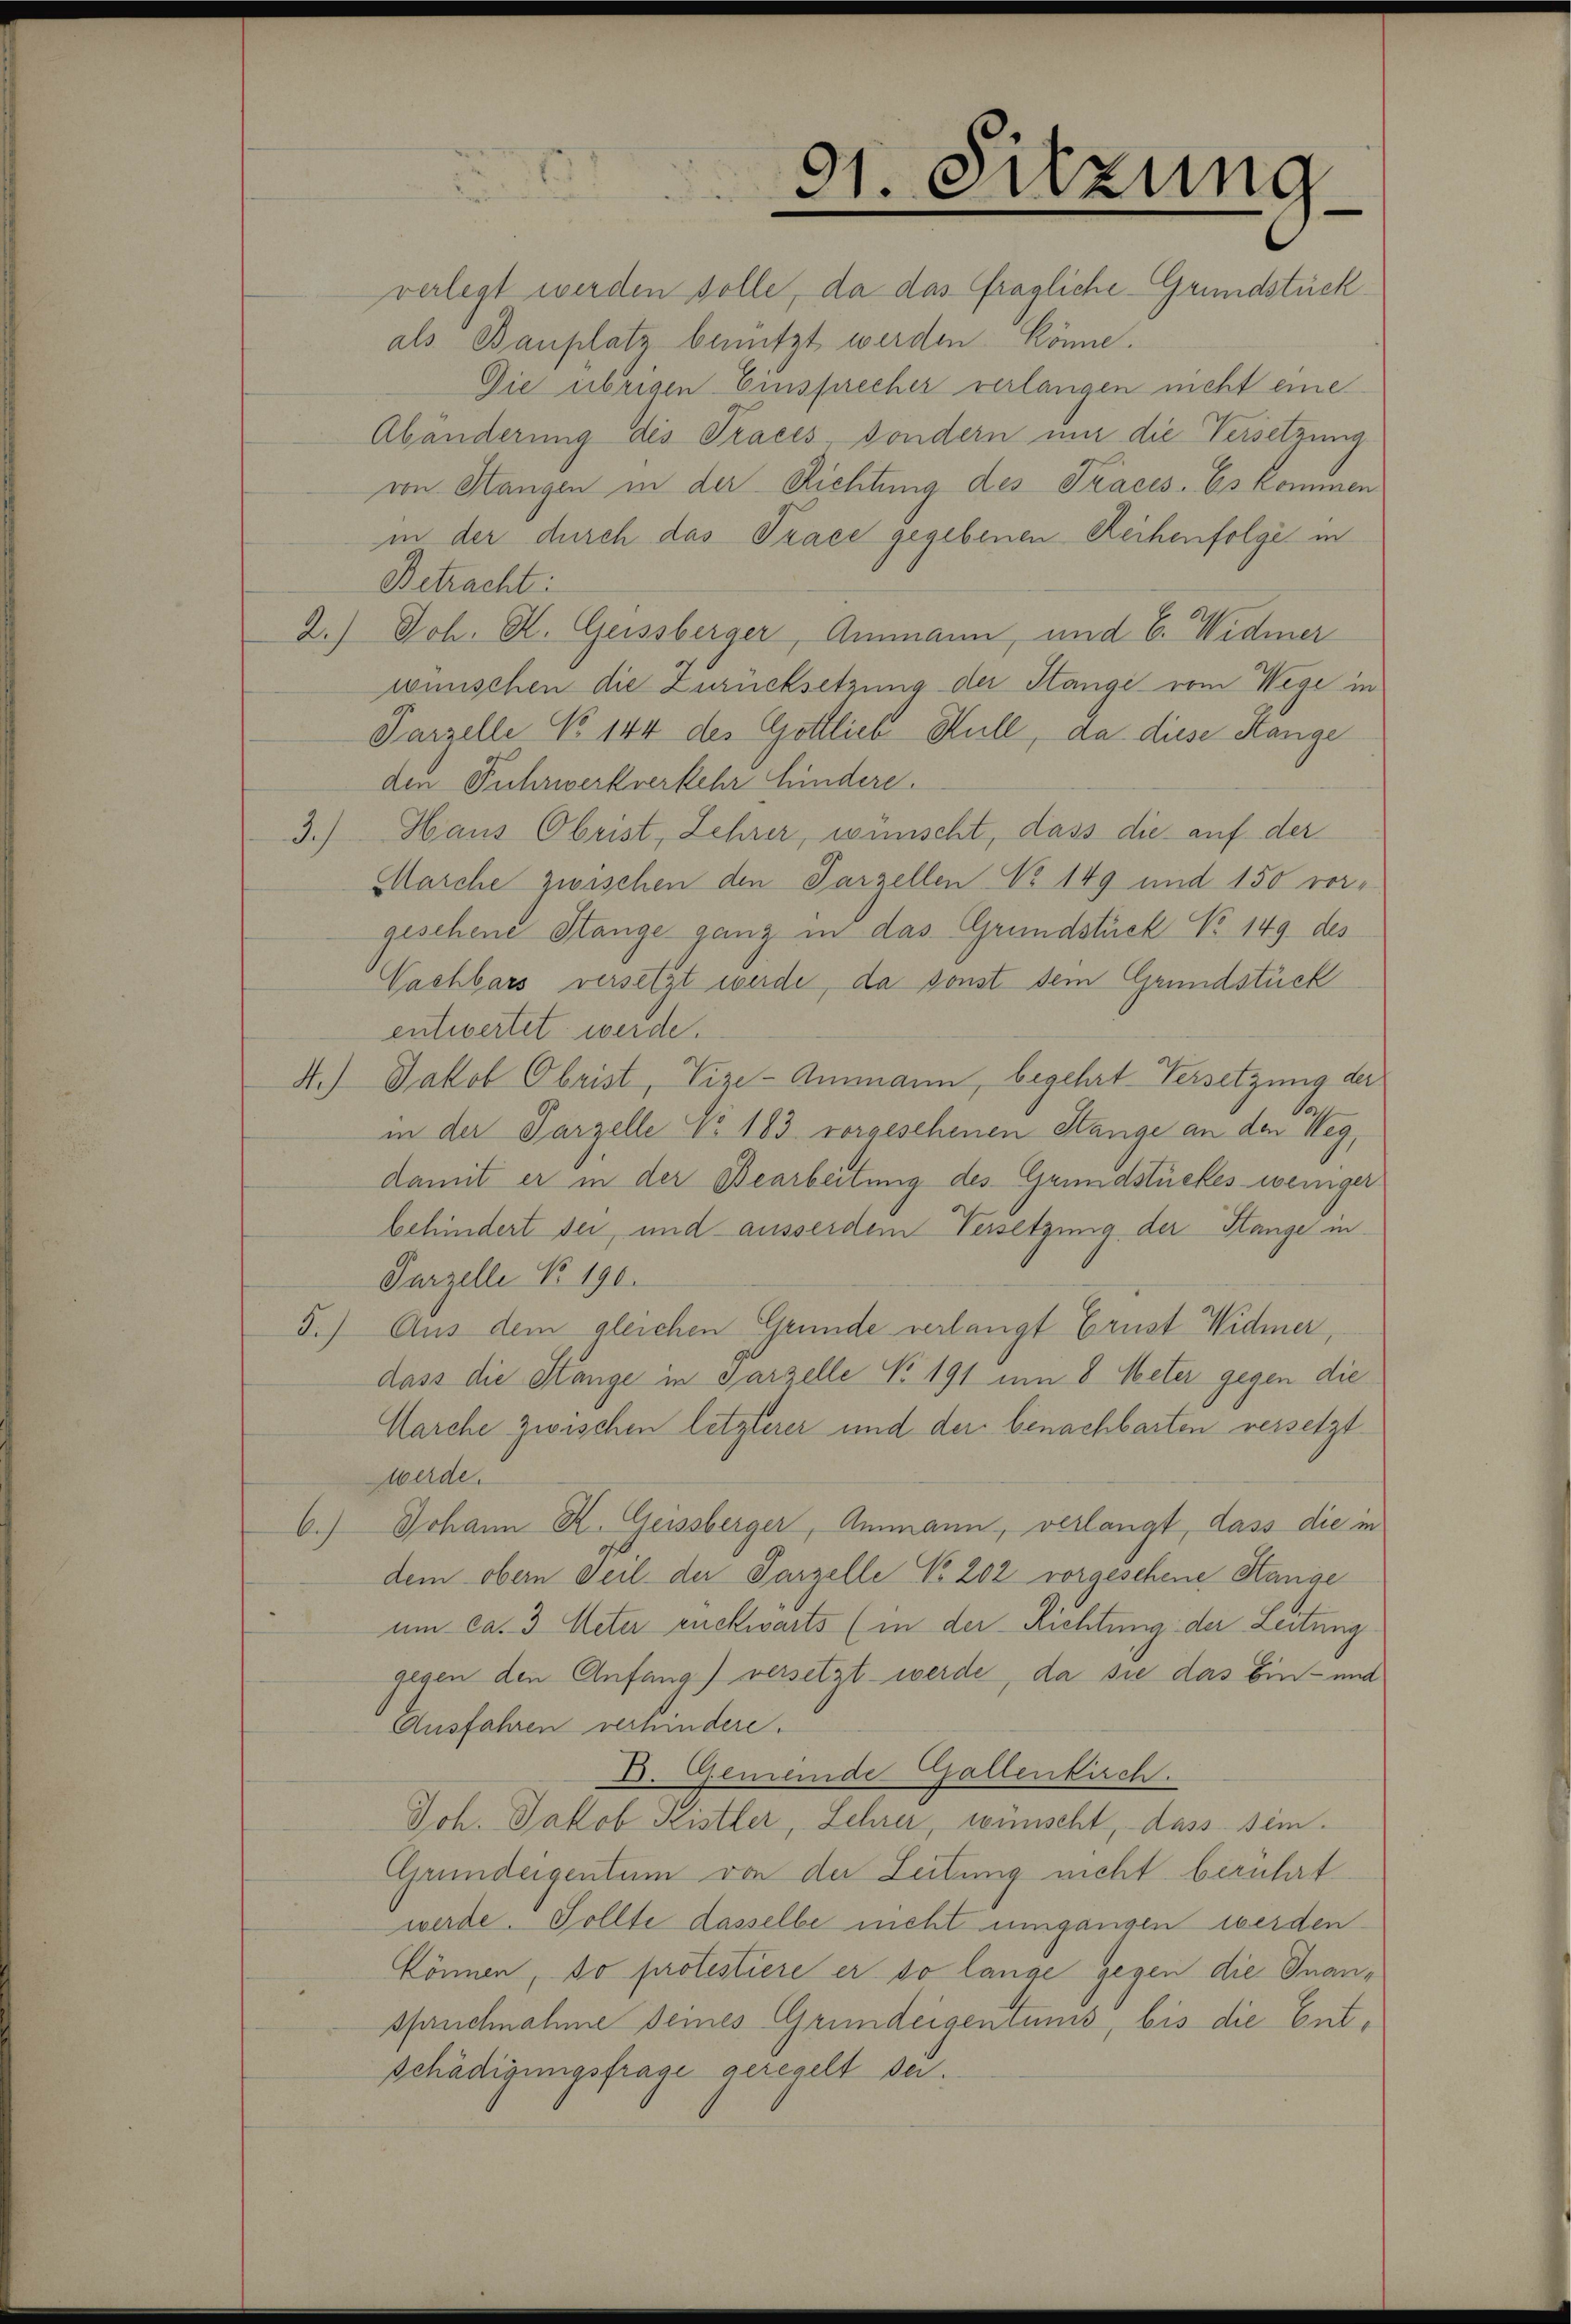
31. Sitzung

verlegt werden solle, da das fragliche Grundstrickals Bauplatz benützt werden könne.
Die übrigen Einsprecher verlangen nicht eine
Abänderung des Pracés, sondern mir die Versetzung
von Hangen in der Richtung des Traces. Es kommen
in der durch das Trace gegebenen Reihenfolge in
Betracht:
2.) Joh. K. Geissberger, Ammann, und E. Widmer
wünschen die Zurücksetzung der Stange vom Wege in
Parzelle No 144 des Gottlieb Hull, da diese Hange
den Fuhrwerkverkehr hindere.
3.) Haus Obrist, Lehrer, wünscht, dass die auf der
Marche zwischen den Parzellen No 149 und 150 vorgesehene Stange ganz in das Grundstück No 149 des
Vachbars versetzt werde, da sonst dem Grundstück
entwertet werde.
4.) Jakob Obrist, Vize-Ammann, begehrt Versetzung der
.
in der Parzelle No. 183 vorgesehenen Stange an den Weg,
damit er in der Bearbeitung des Grundstückes weniger
behindert sei, und ausserdem Versetzung der Stange in
Parzelle No 190.
5.) Aus dem gleichen Gründe verlangt Ernst Widmer,
dass die Stange in Parzelle No 191 um 8 Meter gegen die
Marche zwischen letzterer und der benachbarten versetzt
werde.
6.) Johann K. Geissberger, Ammann, verlangt, dass die in
dem obern Teil der Parzelle No. 202 vorgesehene Hange
um ca. 3 Meter euckwarts (in der Richtung der Leitung
gegen den Anfang) versetzt werde, da sie das Ein- und
Ausfahren verhindere.
D. Gemeinde Gallenkirch
Joh. Jakob Kistler, Lehrer, wünscht, dass sein.
Grundeigentum von der Leitung nicht berührt
werde. Sollte dasselbe nicht umgangen werden
können, so protestiere er so lange gegen die Inanspruchnahme denes Grundeigentums, bis die Entschädigungsfrage geregelt sei.